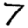
Digit: 7